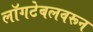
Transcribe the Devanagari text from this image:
लॉगटेबलवरून